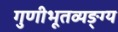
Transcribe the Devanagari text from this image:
गुणीभूतव्यङ्ग्य